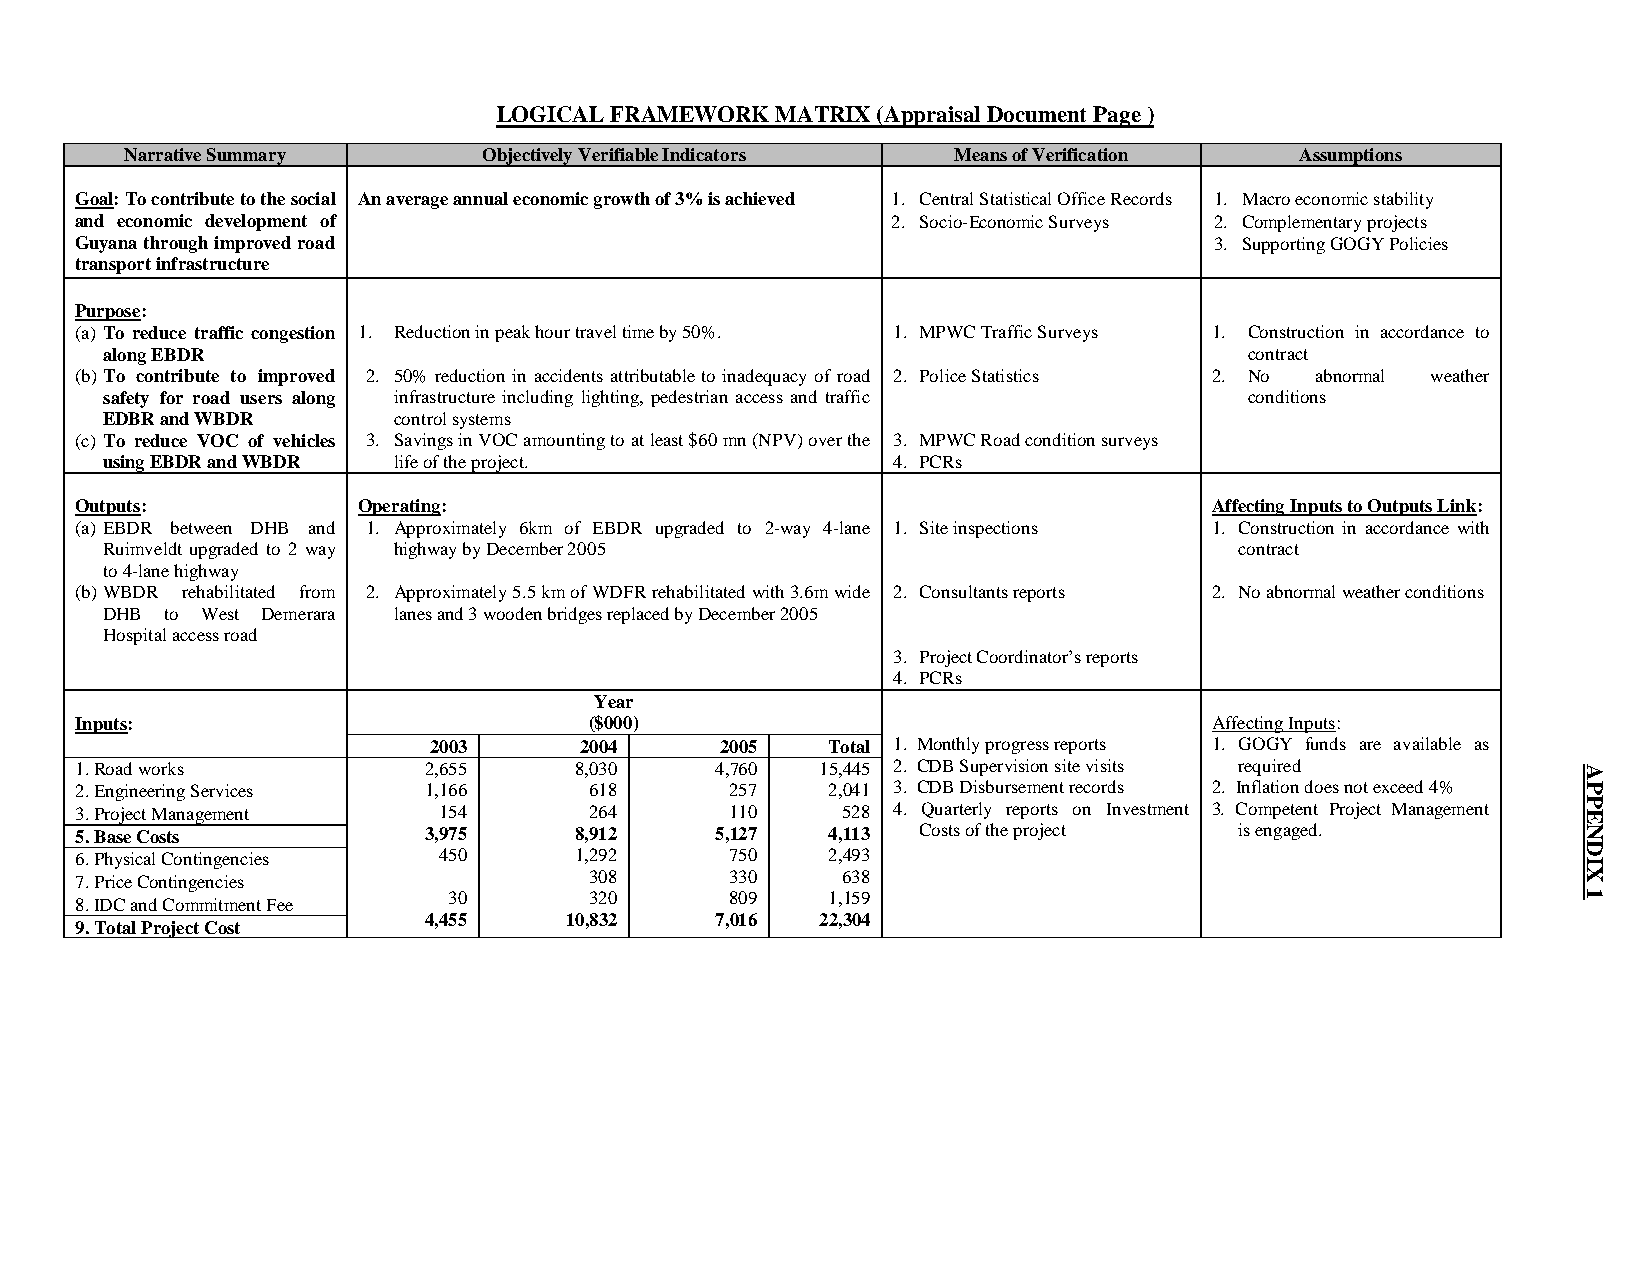
LOGICAL FRAMEWORK MATRIX (Appraisal Document Page )
 Narrative Summary       Objectively Verifiable Indicators Means of Verification Assumptions
 Goal: To contribute to the social An average annual economic growth of 3% is achieved 1. Central Statistical Office Records 1. Macro economic stability
 and economic development of                           2. Socio-Economic Surveys 2. Complementary projects
 Guyana through improved road                                               3. Supporting GOGY Policies
 transport infrastructure
 Purpose:
 (a) To reduce traffic congestion 1. Reduction in peak hour travel time by 50%. 1. MPWC Traffic Surveys 1. Construction in accordance to
 along EBDR                                                                  contract
 (b) To contribute to improved 2. 50% reduction in accidents attributable to inadequacy of road 2. Police Statistics 2. No abnormal weather
 safety for road users along infrastructure including lighting, pedestrian access and traffic conditions
 EDBR and WBDR      control systems
 (c) To reduce VOC of vehicles 3. Savings in VOC amounting to at least $60 mn (NPV) over the 3. MPWC Road condition surveys
 using EBDR and WBDR life of the project.            4. PCRs
 Outputs:           Operating:                                              Affecting Inputs to Outputs Link:
 (a) EBDR between DHB and 1. Approximately 6km of EBDR upgraded to 2-way 4-lane 1. Site inspections 1. Construction in accordance with
 Ruimveldt upgraded to 2 way highway by December 2005                       contract
 to 4-lane highway
 (b) WBDR rehabilitated from 2. Approximately 5.5 km of WDFR rehabilitated with 3.6m wide 2. Consultants reports 2. No abnormal weather conditions
 DHB to West Demerara lanes and 3 wooden bridges replaced by December 2005
 Hospital access road
 3. Project Coordinator’s reports
 4. PCRs
 Year
 Inputs:                           ($000)                                   Affecting Inputs:
 2003      2004      2005   Total 1. Monthly progress reports 1. GOGY funds are available as
 1. Road works          2,655     8,030    4,760  15,445 2. CDB Supervision site visits required
 2. Engineering Services 1,166     618      257    2,041 3. CDB Disbursement records 2. Inflation does not exceed 4%
 3. Project Management   154       264      110     528 4. Quarterly reports on Investment 3. Competent Project Management
 5. Base Costs          3,975     8,912    5,127   4,113 Costs of the project is engaged.
 6. Physical Contingencies 450    1,292     750    2,493
 7. Price Contingencies            308      330     638
 8. IDC and Commitment Fee 30      320      809    1,159
 4,455    10,832    7,016  22,304
 9. Total Project Cost
 APPENDIX
 1